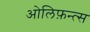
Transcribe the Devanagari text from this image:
ओलिफ़न्त्स